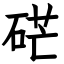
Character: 硭